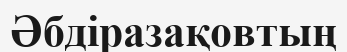
Әбдіразақовтың